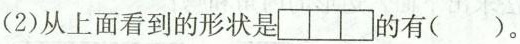
Z上面看到的形状是的有( ）。